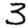
Digit: 3